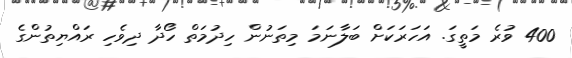
400 ވުރެ މަތީގަ. އަހަރަކަށް ބަލާނަމަ މިތަނުން ހިދުމަތް ހޯދާ ދިވެހި ރައްޔިތުންގެ